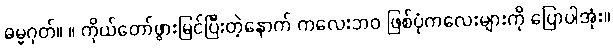
ဓမ္မဂုတ်။ ။ ကိုယ်တော်ဖွားမြင်ပြီးတဲ့နောက် ကလေးဘဝ ဖြစ်ပုံကလေးများကို ပြောပါအုံး။